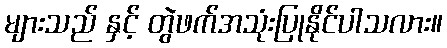
များသည် နှင့် တွဲဖက်အသုံးပြုနိုင်ပါသလား။